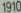
1910